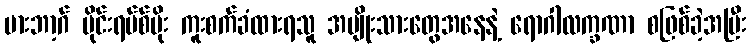
မားဘာ့ဂ် ဗိုင်းရပ်စ်ပိုး ကူးစက်ခံထားရသူ အမျိုးသားတွေအနေနဲ့ ရောဂါလက္ခဏာ စဖြစ်ခဲ့အပြီး